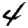
Digit: 4